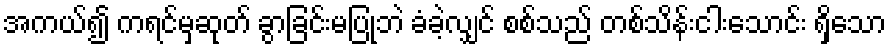
အကယ်၍ ကရင်မှဆုတ် ခွာခြင်းမပြုဘဲ ခံခဲ့လျှင် စစ်သည် တစ်သိန်းငါးသောင်း ရှိသော